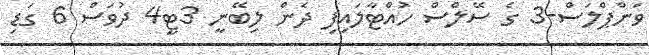
ވަންޕްލަސް-3 ގެ ސޭލްސް ހުއްޓާލައިފި ދެން ލިބޭނީ 3ޓީ4 ދުވަސް 6 ގަޑި